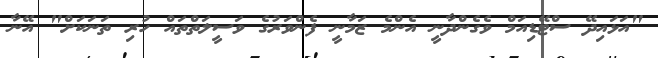
"އަޅައިދޭ ސްޓޭޑިއަމް ވެގެންދާނީ އެންމެ ޒަމާނީ ފެންވަރުގެ ވަސީލަތްތައް ހުރި ތަނަކަށް" އޭނާ